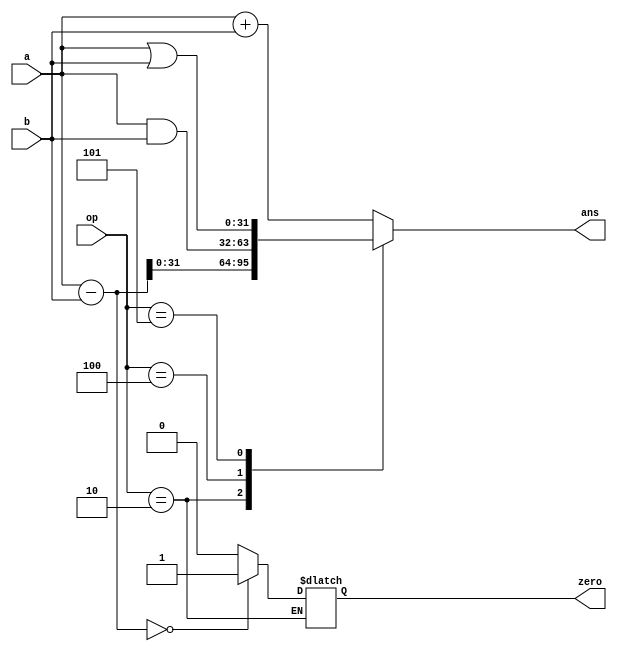

module alu(
  	output reg [31:0] ans,
  	output reg zero,
  	input [31:0] a,
  	input [31:0] b,
	input[3:0] op);
  	reg[32:0] temp;

  always@(*)
    begin
	case(op)
		4'b0000: temp = a+b;
		4'b0010: begin temp = a-b; 
			if(temp==0) zero=1; else zero=0;
			end
		4'b0100: temp = a&b;
		4'b0101: temp = a|b;
	endcase
//if(temp%2 == 1) temp = 0;
     ans = temp[31:0];
    end 
endmodule